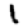
Digit: 1